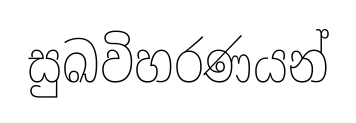
සුඛවිහරණයන්